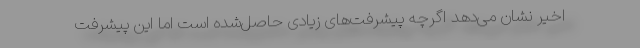
اخیر نشان می‌دهد اگرچه پیشرفت‌های زیادی حاصل‌شده است اما این پیشرفت